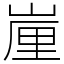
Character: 𡺉